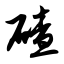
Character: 碴